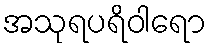
အသုရပရိဝါရော